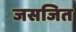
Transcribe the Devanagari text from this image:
जसजित